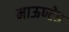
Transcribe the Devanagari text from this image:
माऊण्टेड